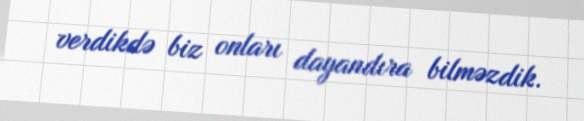
verdikdə biz onları dayandıra bilməzdik.